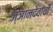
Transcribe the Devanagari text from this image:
ज्ञानदेवांची